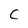
Character: C